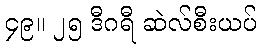
၄၉။ ၂၅ ဒီဂရီ ဆဲလ်စီးယပ်